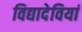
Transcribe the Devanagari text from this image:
विद्यादेवियां